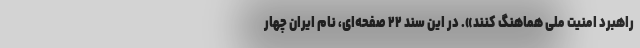
راهبرد امنیت ملی هماهنگ کنند». در این سند ۲۲ صفحه‌ای، نام ایران چهار